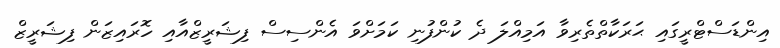
އިންޑަސްޓްރީގައި ޙަރަކާތްތެރިވާ އަމިއްލަ ދެ ކުންފުނި ކަމަށްވަ އެންސިސް ފިޝަރީޒްއާއި ހޮރައިޒަން ފިޝަރީޒް